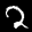
Label: 2